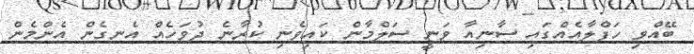
ބޭއްވި ހަފްލާއެއްގައި ސާނިއާ ވަނީ ސަލްމާން ކައިވެނި ކުރާނެ ދުވަހެއް އެނގެން އެންމެން